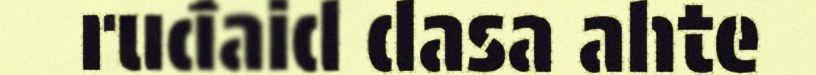
ruđaid dasa ahte